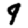
Digit: 9